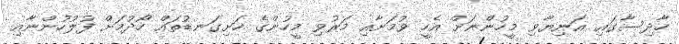
ހާދިސާގައި އަނިޔާވި މީހުންނަށް އެހީ ވުމަށާއި މަރުވި މީހުންގެ ހަށިގަނޑުތައް ހޯދުމަށް ފުލުހުންނާއި